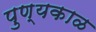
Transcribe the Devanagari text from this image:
पुण्यकाळ